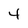
Character: 4